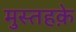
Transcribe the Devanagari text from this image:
मुस्तहके़